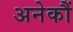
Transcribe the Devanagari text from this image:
अनेकौं